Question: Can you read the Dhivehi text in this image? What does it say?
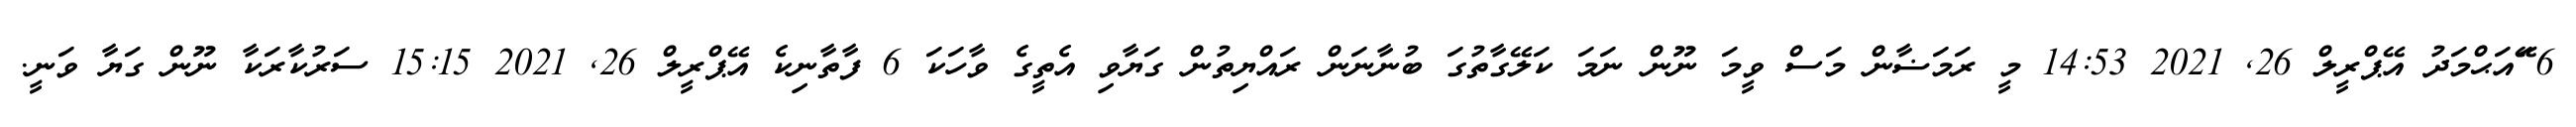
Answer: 6 ޭައަޙްމަދު އޭޕްރީލް 26, 2021 14:53 މީ ރަމަޟާން މަސް ވީމަ ނޫން ނަމަ ކަލޭގާތުގަ ބުނާނަން ރައްޔިތުން ގަޔާވި އެތީގެ ވާހަކަ 6 ފާތާނިކެ އޭޕްރީލް 26, 2021 15:15 ސަރުކާރަކާ ނޫން ގަޔާ ވަނީ.